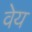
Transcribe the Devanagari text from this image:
वेय